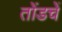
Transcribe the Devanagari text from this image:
तोंडचें